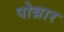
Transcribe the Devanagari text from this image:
पोन्नार